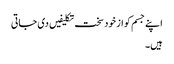
اپنے جسم کو از خود سخت تکلیفیں دی جاتی
ہیں۔